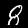
Digit: 8